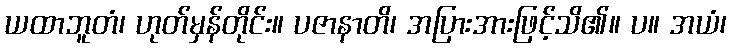
ယထာဘူတံ၊ ဟုတ်မှန်တိုင်း။ ပဇာနာတိ၊ အပြားအားဖြင့်သိ၏။ ပ။ အယံ၊